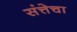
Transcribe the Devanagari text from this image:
संत्तेचा